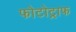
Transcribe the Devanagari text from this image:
फोटोट्राफ